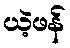
ယဲ့ဖန်